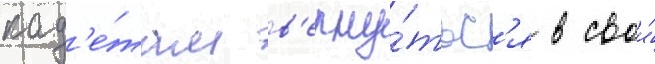
кад'е́там в'ерну́тьс'я в свои́